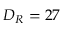
D _ { R } = 2 7